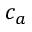
c _ { a }